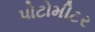
પોટોમીટર